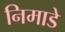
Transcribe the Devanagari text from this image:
निमाडे